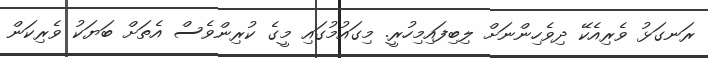
ރަނގަޅު ވެރިއެކޭ ދިވެހިންނަށް ލިބިފައިމިހުރީ. މިގައުމުގައި މީގެ ކުރިންވެސް އެތަށް ބަޔަކު ވެރިކަން